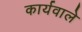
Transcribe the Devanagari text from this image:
कार्यवाले